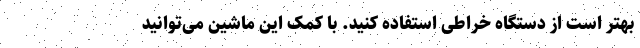
بهتر است از دستگاه خراطی استفاده کنید. با کمک این ماشین می‌توانید